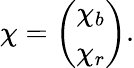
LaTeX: \chi=\left(\begin{array}{c}{\chi_{b}}\\ {\chi_{r}}\end{array}\right).